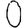
Digit: 0